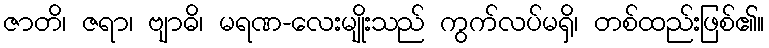
ဇာတိ၊ ဇရာ၊ ဗျာဓိ၊ မရဏ-လေးမျိုးသည် ကွက်လပ်မရှိ၊ တစ်ထည်းဖြစ်၏။